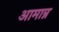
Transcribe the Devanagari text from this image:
आमान्न